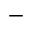
-